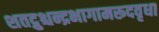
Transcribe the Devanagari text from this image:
शतद्रुश्चन्द्रभागामरूदवृधा